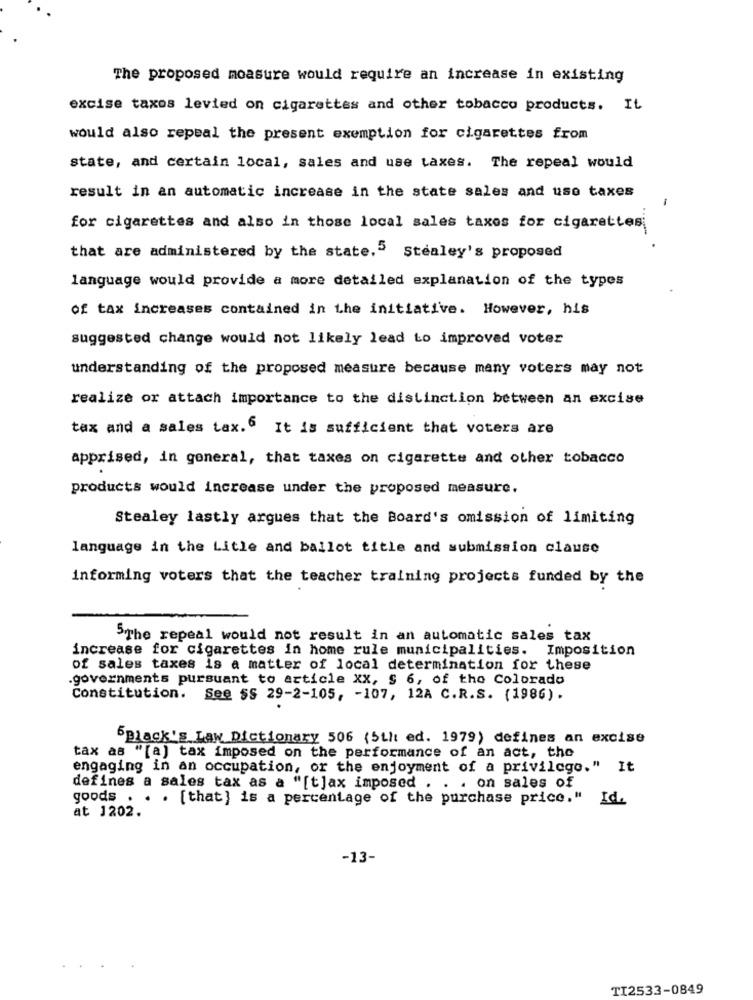
The proposed moasure would require an increase in existing
excise taxos levied on cigarettes and other tobacco products. It
would also repeal the present exemption for cigarettes from
state, and certain local, sales and use taxes. The repeal would
result in an automatic increase in the state sales and uso taxes
-
for cigarettes and also in those local sales taxes for cigarettes
that are administered by the state." Stealey's proposed
language would provide a more detailed explanation of the types
of tax increases contained in the initiative. However, his
suggested change would not likely lead to improved voter
understanding of the proposed measure because many voters may not
realize or attach importance to the distinction between an excise
tax and a sales tax.6 It is sufficient that voters are
apprised, in general, that taxes on cigarette and other tobacco
products would increase under the proposed measure.
Stealey lastly argues that the Board's omission of limiting
language in the Litle and ballot title and submission clause
informing voters that the teacher training projects funded by the
5The repeal would not result in an automatic sales tax
increase for cigarettes in home rule municipalities. Imposition
of sales taxes is a matter of local determination for these
.governments pursuant to article XX, $ 6, of the Colorado
Constitution. See §§ 29-2-105, - 107, 12A C.R.S. (1986).
6Black's Law Dictionary 506 (Silt ed. 1979) defines an excise
tax as "[a) tax imposed on the performance of an act, the
engaging in an occupation, or the enjoyment of a privilege." It
defines a sales tax as a "[t]ax imposed . . . on sales of
goods . . . [that] is a percentage of the purchase price." Id.
at 1202.
-13-
TI2533-0849